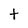
Character: t